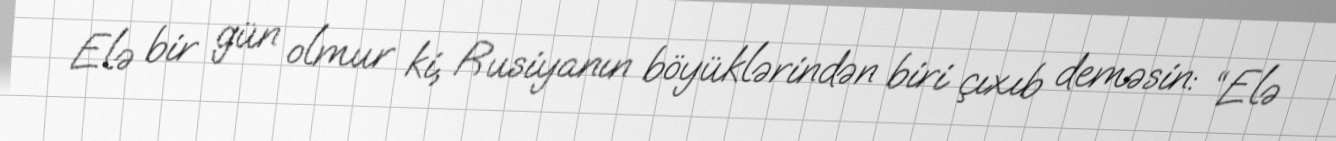
Elə bir gün olmur ki, Rusiyanın böyüklərindən biri çıxıb deməsin: “Elə